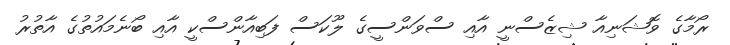
ރޯމާގެ ވޮޝަނިއާ ޝިޒެސްނީ އާއި ސްވަންސީގެ ލޫކަސް ފަބިއާންސްކީ އާއި ބޯނެމައުތުގެ އާތުރު